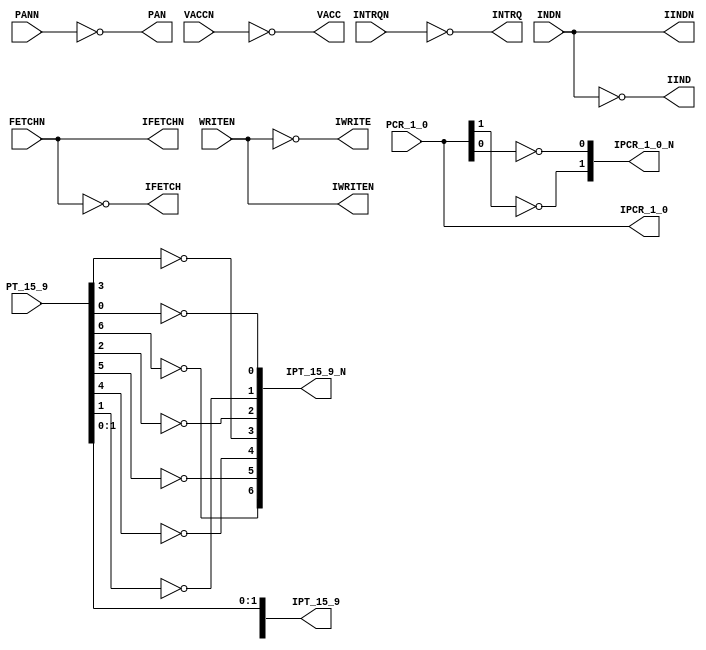
// This program was cloned from: https://github.com/RonnyA/nd-120
// License: MIT License

/******************************************************************************
 ** Logisim-evolution goes FPGA automatic generated Verilog code             **
 ** https://github.com/logisim-evolution/                                    **
 **                                                                          **
 ** Component : CGA_TRAP_TBUF                                                **
 **                                                                          **
 *****************************************************************************/

module CGA_TRAP_TBUF( FETCHN,
                      IFETCH,
                      IFETCHN,
                      IIND,
                      IINDN,
                      INDN,
                      INTRQ,
                      INTRQN,
                      IPCR_1_0,
                      IPCR_1_0_N,
                      IPT_15_9,
                      IPT_15_9_N,
                      IWRITE,
                      IWRITEN,
                      PAN,
                      PANN,
                      PCR_1_0,
                      PT_15_9,
                      VACC,
                      VACCN,
                      WRITEN );

   /*******************************************************************************
   ** The inputs are defined here                                                **
   *******************************************************************************/
   input       FETCHN;
   input       INDN;
   input       INTRQN;
   input       PANN;
   input [1:0] PCR_1_0;
   input [6:0] PT_15_9;
   input       VACCN;
   input       WRITEN;

   /*******************************************************************************
   ** The outputs are defined here                                               **
   *******************************************************************************/
   output       IFETCH;
   output       IFETCHN;
   output       IIND;
   output       IINDN;
   output       INTRQ;
   output [1:0] IPCR_1_0;
   output [1:0] IPCR_1_0_N;
   output [6:0] IPT_15_9;
   output [6:0] IPT_15_9_N;
   output       IWRITE;
   output       IWRITEN;
   output       PAN;
   output       VACC;

   /*******************************************************************************
   ** The wires are defined here                                                 **
   *******************************************************************************/
   wire [1:0] s_logisimBus12;
   wire [6:0] s_logisimBus26;
   wire [6:0] s_logisimBus32;
   wire [1:0] s_logisimBus37;
   wire [1:0] s_logisimBus38;
   wire [6:0] s_logisimBus39;
   wire       s_logisimNet0;
   wire       s_logisimNet1;
   wire       s_logisimNet10;
   wire       s_logisimNet11;
   wire       s_logisimNet13;
   wire       s_logisimNet14;
   wire       s_logisimNet15;
   wire       s_logisimNet16;
   wire       s_logisimNet17;
   wire       s_logisimNet18;
   wire       s_logisimNet19;
   wire       s_logisimNet2;
   wire       s_logisimNet20;
   wire       s_logisimNet21;
   wire       s_logisimNet22;
   wire       s_logisimNet23;
   wire       s_logisimNet24;
   wire       s_logisimNet25;
   wire       s_logisimNet27;
   wire       s_logisimNet28;
   wire       s_logisimNet29;
   wire       s_logisimNet3;
   wire       s_logisimNet30;
   wire       s_logisimNet31;
   wire       s_logisimNet33;
   wire       s_logisimNet34;
   wire       s_logisimNet35;
   wire       s_logisimNet36;
   wire       s_logisimNet4;
   wire       s_logisimNet40;
   wire       s_logisimNet41;
   wire       s_logisimNet42;
   wire       s_logisimNet43;
   wire       s_logisimNet44;
   wire       s_logisimNet5;
   wire       s_logisimNet6;
   wire       s_logisimNet7;
   wire       s_logisimNet8;
   wire       s_logisimNet9;

   /*******************************************************************************
   ** The module functionality is described here                                 **
   *******************************************************************************/

   /*******************************************************************************
   ** Here all input connections are defined                                     **
   *******************************************************************************/
   assign s_logisimBus38[1:0] = PCR_1_0;
   assign s_logisimBus39[6:0] = PT_15_9;
   assign s_logisimNet33      = PANN;
   assign s_logisimNet34      = VACCN;
   assign s_logisimNet35      = INDN;
   assign s_logisimNet4       = INTRQN;
   assign s_logisimNet5       = FETCHN;
   assign s_logisimNet6       = WRITEN;

   /*******************************************************************************
   ** Here all output connections are defined                                    **
   *******************************************************************************/
   assign IFETCH     = s_logisimNet16;
   assign IFETCHN    = s_logisimNet24;
   assign IIND       = s_logisimNet3;
   assign IINDN      = s_logisimNet43;
   assign INTRQ      = s_logisimNet2;
   assign IPCR_1_0   = s_logisimBus12[1:0];
   assign IPCR_1_0_N = s_logisimBus37[1:0];
   assign IPT_15_9   = s_logisimBus26[6:0];
   assign IPT_15_9_N = s_logisimBus32[6:0];
   assign IWRITE     = s_logisimNet17;
   assign IWRITEN    = s_logisimNet25;
   assign PAN        = s_logisimNet27;
   assign VACC       = s_logisimNet28;

   /*******************************************************************************
   ** Here all in-lined components are defined                                   **
   *******************************************************************************/

   // NOT Gate
   assign s_logisimBus37[1] = ~s_logisimBus38[1];

   // NOT Gate
   assign s_logisimNet2 = ~s_logisimNet4;

   // NOT Gate
   assign s_logisimNet27 = ~s_logisimNet33;

   // NOT Gate
   assign s_logisimNet28 = ~s_logisimNet34;

   // NOT Gate
   assign s_logisimNet16 = ~s_logisimNet5;

   // NOT Gate
   assign s_logisimNet17 = ~s_logisimNet6;

   // NOT Gate
   assign s_logisimNet3 = ~s_logisimNet35;

   // NOT Gate
   assign s_logisimBus32[3] = ~s_logisimBus39[3];

   // NOT Gate
   assign s_logisimBus32[0] = ~s_logisimBus39[0];

   // NOT Gate
   assign s_logisimBus32[6] = ~s_logisimBus39[6];

   // NOT Gate
   assign s_logisimBus12[1] = ~s_logisimBus37[1];

   // NOT Gate
   assign s_logisimNet43 = ~s_logisimNet3;

   // NOT Gate
   assign s_logisimBus26[6] = ~s_logisimBus32[6];

   // NOT Gate
   assign s_logisimBus32[2] = ~s_logisimBus39[2];

   // NOT Gate
   assign s_logisimBus26[0] = ~s_logisimBus32[0];

   // NOT Gate
   assign s_logisimNet24 = ~s_logisimNet16;

   // NOT Gate
   assign s_logisimNet25 = ~s_logisimNet17;

   // NOT Gate
   assign s_logisimBus37[0] = ~s_logisimBus38[0];

   // NOT Gate
   assign s_logisimBus32[5] = ~s_logisimBus39[5];

   // NOT Gate
   assign s_logisimBus12[0] = ~s_logisimBus37[0];

   // NOT Gate
   assign s_logisimBus32[4] = ~s_logisimBus39[4];

   // NOT Gate
   assign s_logisimBus32[1] = ~s_logisimBus39[1];

   // NOT Gate
   assign s_logisimBus26[4] = ~s_logisimBus32[4];

   // NOT Gate
   assign s_logisimBus26[1] = ~s_logisimBus32[1];

endmodule